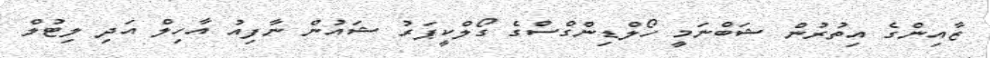
ޒާއިންގެ އިތުރުން ޝަބްނަމީ ހޯލްޑިންގްސްގެ ގޯލްކީޕަރު ޝައުން ނާފިއު އާހިލް އަދި ލިޓުލް